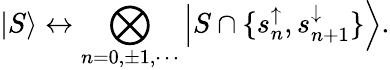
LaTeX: \left|S\right\rangle\leftrightarrow\bigotimes_{n=0,\pm 1,\cdots}\left|S\cap\{ s_{n}^{\uparrow},s_{n+1}^{\downarrow}\} \right\rangle.